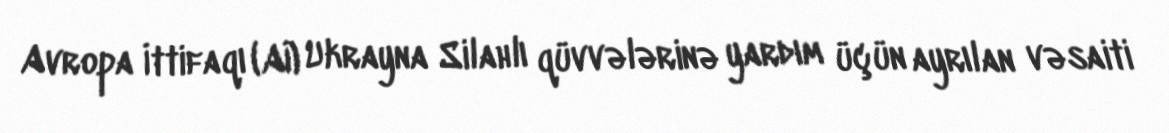
Avropa İttifaqı (Aİ) Ukrayna Silahlı qüvvələrinə yardım üçün ayrılan vəsaiti